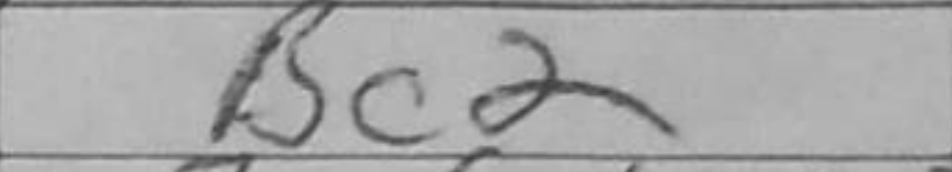
Transcription: Bc2